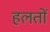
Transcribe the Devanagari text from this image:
हलतों